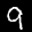
Label: 9